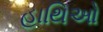
હાથિઓ